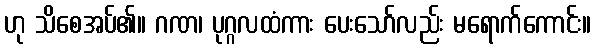
ဟု သိစေအပ်၏။ ဂဏ၊ ပုဂ္ဂလထံကား ပေးသော်လည်း မရောက်ကောင်း။